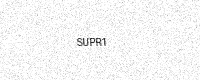
Text: SUPR1